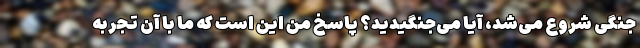
جنگی شروع می‌شد، آیا می‌جنگیدید؟ پاسخ من این است که ما با آن تجربه